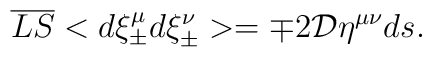
\overline{LS}<d\xi  ^{\mu } _{\pm }d\xi  ^{\nu } _{\pm }> =  \mp  2{\cal D}  \eta  ^{\mu \nu } ds   .